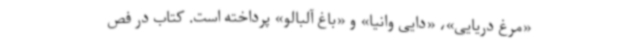
«مرغ دریایی»، «دایی وانیا» و «باغ آلبالو» پرداخته است. کتاب در فص